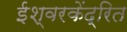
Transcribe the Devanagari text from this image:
ईश्वरकेंद्रित